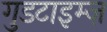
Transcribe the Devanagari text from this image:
गुडटाइम्ज़